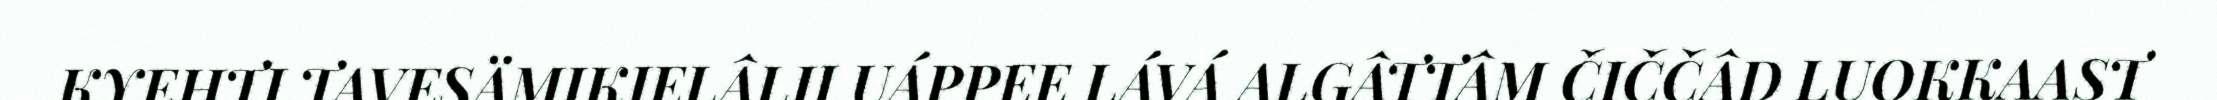
KYEHTI TAVESÄMIKIELÂLII UÁPPEE LÁVÁ ALGÂTTÂM ČIČČÂD LUOKKAAST